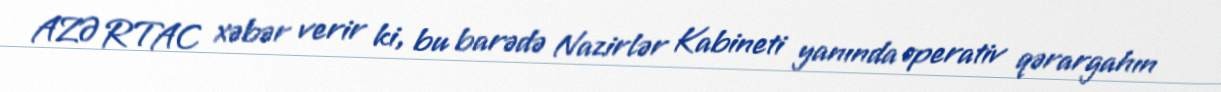
AZƏRTAC xəbər verir ki, bu barədə Nazirlər Kabineti yanında operativ qərargahın